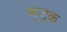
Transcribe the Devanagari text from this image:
सुजुक